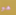
هو